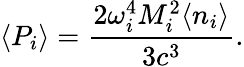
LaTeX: \langle P_{i}\rangle=\frac{2\omega_{i}^{4}M_{i}^{2}\langle n_{i}\rangle}{3c^{3}}.